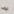
به